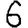
Digit: 6